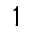
1